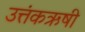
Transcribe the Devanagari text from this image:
उत्तंकऋषी